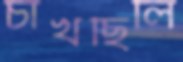
চাখছিলি